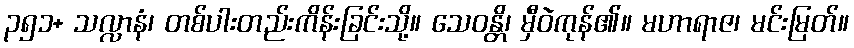
၃၅၁+ သလ္လာနံ၊ တစ်ပါးတည်းကိန်းခြင်းသို့။ သေဝန္တိ၊ မှီဝဲကုန်၏။ မဟာရာဇ၊ မင်းမြတ်။